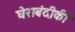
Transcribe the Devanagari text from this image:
घेराबंदीकी